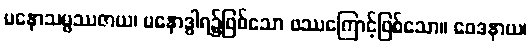
မနောသမ္ဖဿဇာယ၊ မနောဒွါရ၌ဖြစ်သော ဖဿကြောင့်ဖြစ်သော။ ဝေဒနာယ၊